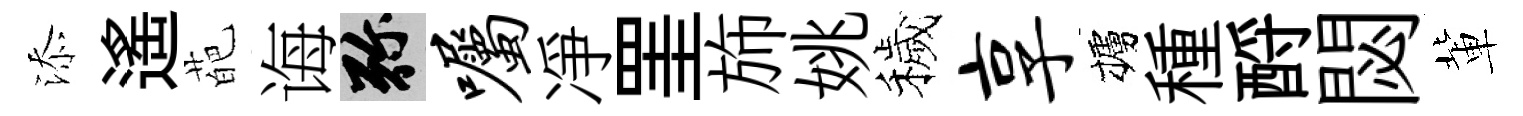
添遙葩诲弥嘱凈罣斾姚穢享櫨種酹閟軰